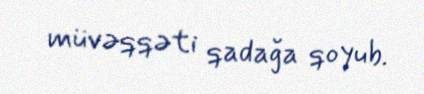
müvəqqəti qadağa qoyub.